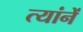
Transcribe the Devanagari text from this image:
त्यांनें